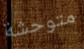
متوحشة